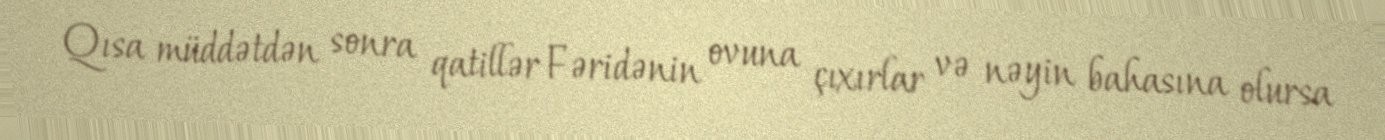
Qısa müddətdən sonra qatillər Fəridənin ovuna çıxırlar və nəyin bahasına olursa